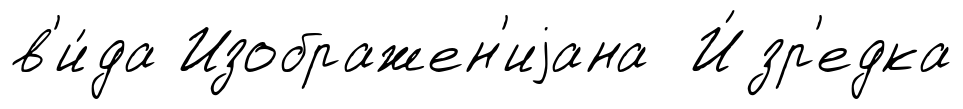
в'и́да Изображен'иjана И́зр'едка